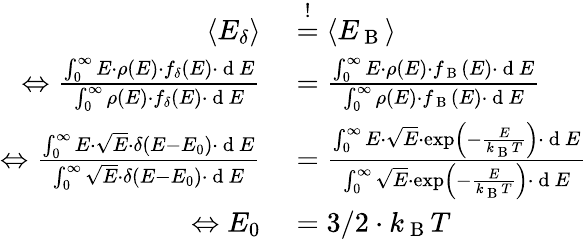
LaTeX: \begin{array}{rl}{\langle E_{\delta}\rangle}&{{}\overset{!}{=}\langle E_{\mathrm{~B~}}\rangle}\\ {\Leftrightarrow\frac{\int_{0}^{\infty}E\cdot\rho(E)\cdot f_{\delta}(E)\cdot\mathrm{~d~}E}{\int_{0}^{\infty}\rho(E)\cdot f_{\delta}(E)\cdot\mathrm{~d~}E}}&{{}=\frac{\int_{0}^{\infty}E\cdot\rho(E)\cdot f_{\mathrm{~B~}}(E)\cdot\mathrm{~d~}E}{\int_{0}^{\infty}\rho(E)\cdot f_{\mathrm{~B~}}(E)\cdot\mathrm{~d~}E}}\\ {\Leftrightarrow\frac{\int_{0}^{\infty}E\cdot\sqrt{E}\cdot\delta(E-E_{0})\cdot\mathrm{~d~}E}{\int_{0}^{\infty}\sqrt{E}\cdot\delta(E-E_{0})\cdot\mathrm{~d~}E}}&{{}=\frac{\int_{0}^{\infty}E\cdot\sqrt{E}\cdot\exp\left(-\frac{E}{k_{\mathrm{~B~}}T}\right)\cdot\mathrm{~d~}E}{\int_{0}^{\infty}\sqrt{E}\cdot\exp\left(-\frac{E}{k_{\mathrm{~B~}}T}\right)\cdot\mathrm{~d~}E}}\\ {\Leftrightarrow E_{0}}&{{}=3/2\cdot k_{\mathrm{~B~}}T}\end{array}